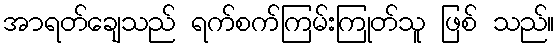
အာရတ်ချေသည် ရက်စက်ကြမ်းကြုတ်သူ ဖြစ် သည်။